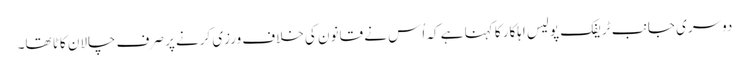
دوسری جانب ٹریفک پولیس اہلکار کا کہنا ہے کہ اُس نے قانون کی خلاف ورزی کرنے پر صرف چالان کاٹا تھا۔